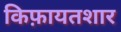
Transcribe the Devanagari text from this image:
किफ़ायतशार